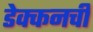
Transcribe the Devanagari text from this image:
डेक्कनची